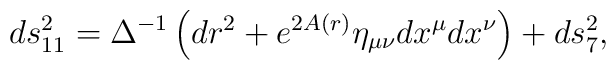
ds_{11}^2 =\Delta^{-1}\left(dr^2 +e^{2 A(r)}\eta_{\mu\nu}dx^\mu dx^\nu \right)+ds_7^2,